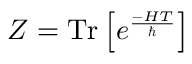
Z = \operatorname { T r } \left[ e ^ { \frac { - H T } { \hbar } } \right]